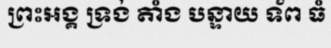
ព្រះអង្គ ទ្រង់ តាំង បន្ទាយ ទ័ព ធំ